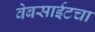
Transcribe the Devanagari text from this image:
वेबसाईटचा